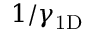
1 / \gamma _ { \mathrm { 1 D } }